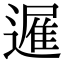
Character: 𮟈